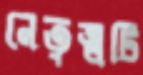
নেতৃত্বটি